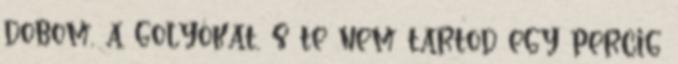
dobom, a golyókat, s te nem tartod egy percig